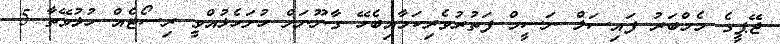
ޖޭޕީގެ މެމްބަރު ފައިސަލް ނަސީމް ފަތުރުވެރިކަމާއިބެހޭ ގާނޫނަށް ހުށަހެޅުއްވީ ރިސޯޓެއް ހުޅުވޭތާ 5